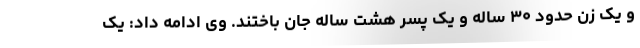
و یک زن حدود ۳۰ ساله و یک پسر هشت ساله جان باختند. وی ادامه داد: یک